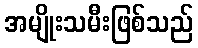
အမျိုးသမီးဖြစ်သည်